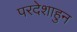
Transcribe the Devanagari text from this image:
परदेशाहुन